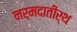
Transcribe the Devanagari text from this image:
नर्मदातीर्थ